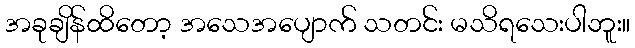
အခုချိန်ထိတော့ အသေအပျောက် သတင်း မသိရသေးပါဘူး။